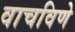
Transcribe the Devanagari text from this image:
वाचविणे